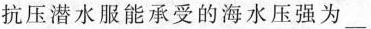
抗压潜水服能承受的海水压强为___